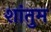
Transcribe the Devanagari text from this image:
शांतुम